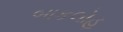
બાકલોહ